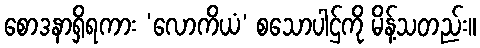
စောဒနာရှိရကား ‘လောကိယံ’ စသောပါဌ်ကို မိန့်သတည်း။